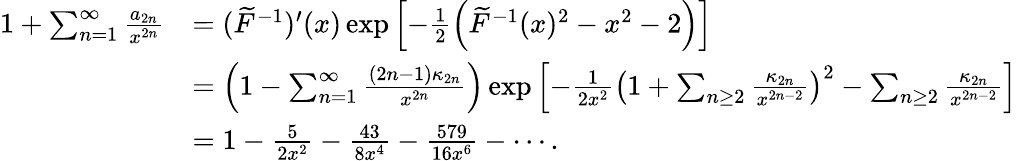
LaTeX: \begin{array}{rl}{1+\sum_{n=1}^{\infty}\frac{a_{2n}}{x^{2n}}}&{=(\widetilde F^{-1})^{\prime}(x)\exp\left[-\frac{1}{2}\left(\widetilde F^{-1}(x)^{2}-x^{2}-2\right)\right]}\\ &{=\left(1-\sum_{n=1}^{\infty}\frac{(2n-1)\kappa_{2n}}{x^{2n}}\right)\exp\left[-\frac{1}{2x^{2}}\left(1+\sum_{n\ge 2}\frac{\kappa_{2n}}{x^{2n-2}}\right)^{2}-\sum_{n\ge 2}\frac{\kappa_{2n}}{x^{2n-2}}\right]}\\ &{=1-\frac{5}{2x^{2}}-\frac{43}{8x^{4}}-\frac{579}{16x^{6}}-\cdots.}\end{array}